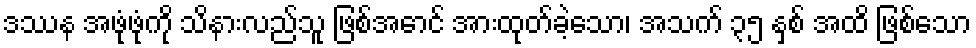
ဒဿန အဖုံဖုံကို သိနားလည်သူ ဖြစ်အောင် အားထုတ်ခဲ့သော၊ အသက် ၃၅ နှစ် အထိ ဖြစ်သော